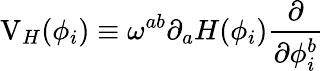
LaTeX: \mathrm{V}_{H}(\phi_{i})\equiv\omega^{ab}\partial_{a}H(\phi_{i})\frac{\partial}{\partial\phi_{i}^{b}}